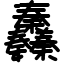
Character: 䆐